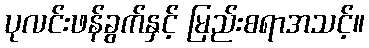
ပုလင်းဖန်ခွက်နှင့် မြည်းစရာအသင့်။